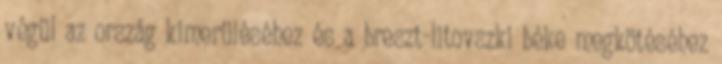
végül az ország kimerüléséhez és a breszt-litovszki béke megkötéséhez